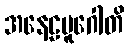
အနေဠမူဂေါတိ